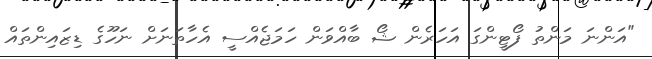
"އަންނަ މަންތު ފޯޓީންގަ އަހަރެން ޝޯ ބާއްވަން ހަމަޖެއްސީ އެހާތަނަށް ނަހޫގެ ޑިޒައިންތައް